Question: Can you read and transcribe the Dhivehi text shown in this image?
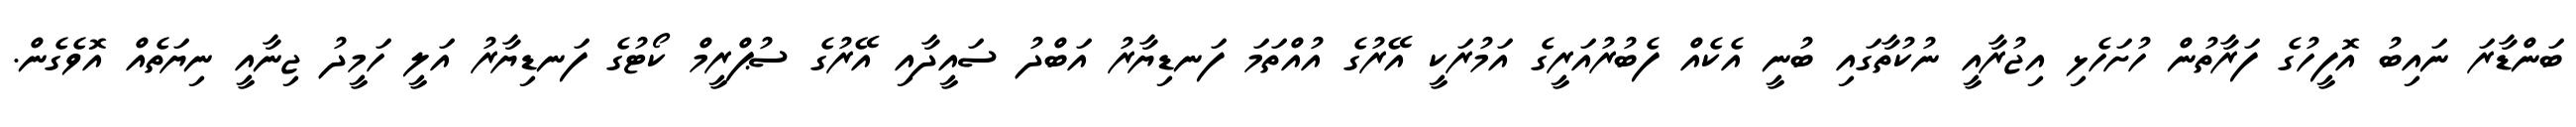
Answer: ބަންޑާރަ ނައިބު އޮފީހުގެ ފަރާތުން ހުށަހެޅި އިޖުރާއީ ނުކުތާގައި ބުނީ އެކެއް ފެބުރުއަރީގެ އަމުރަކީ އޭރުގެ އުއްތަމަ ފަނޑިޔާރު އަބްދު ސައީދާއި އޭރުގެ ސުޕްރީމް ކޯޓުގެ ފަނޑިޔާރު އަލީ ހަމީދު ޖިނާއީ ނިޔަތެއް އޮވެގެން.